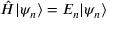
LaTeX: { \hat { H } } | \psi _ { n } \rangle = E _ { n } | \psi _ { n } \rangle